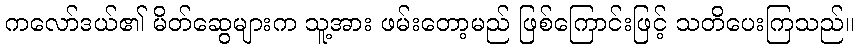
ကလော်ဒယ်၏ မိတ်ဆွေများက သူ့အား ဖမ်းတော့မည် ဖြစ်ကြောင်းဖြင့် သတိပေးကြသည်။